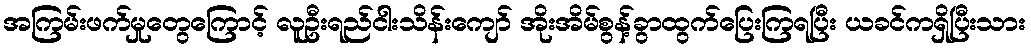
အကြမ်းဖက်မှုတွေကြောင့် လူဦးရည်ငါးသိန်းကျော် အိုးအိမ်စွန့်ခွာထွက်ပြေးကြရပြီး ယခင်ကရှိပြီးသား